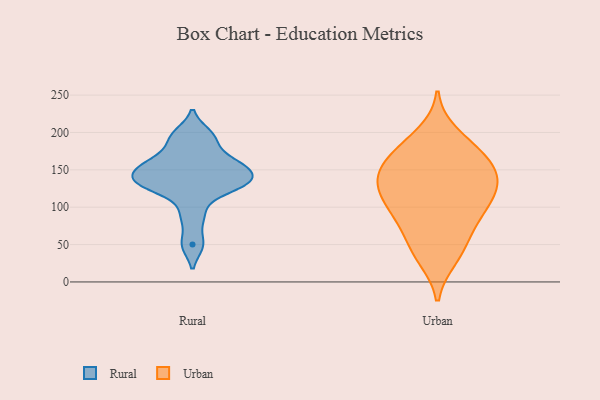
{"axis": {"x": "Page Views", "y": "Value"}, "legend": ["Rural", "Urban"], "data": [{"x": "", "y": 152, "type": "Rural"}, {"x": "", "y": 189, "type": "Rural"}, {"x": "", "y": 50, "type": "Rural"}, {"x": "", "y": 132, "type": "Rural"}, {"x": "", "y": 136, "type": "Rural"}, {"x": "", "y": 198, "type": "Rural"}, {"x": "", "y": 89, "type": "Rural"}, {"x": "", "y": 147, "type": "Rural"}, {"x": "", "y": 125, "type": "Rural"}, {"x": "", "y": 130, "type": "Rural"}, {"x": "", "y": 163, "type": "Rural"}, {"x": "", "y": 159, "type": "Rural"}, {"x": "", "y": 50, "type": "Urban"}, {"x": "", "y": 152, "type": "Urban"}, {"x": "", "y": 88, "type": "Urban"}, {"x": "", "y": 143, "type": "Urban"}, {"x": "", "y": 103, "type": "Urban"}, {"x": "", "y": 170, "type": "Urban"}, {"x": "", "y": 120, "type": "Urban"}, {"x": "", "y": 155, "type": "Urban"}, {"x": "", "y": 114, "type": "Urban"}, {"x": "", "y": 32, "type": "Urban"}, {"x": "", "y": 198, "type": "Urban"}, {"x": "", "y": 172, "type": "Urban"}, {"x": "", "y": 123, "type": "Urban"}, {"x": "", "y": 135, "type": "Urban"}, {"x": "", "y": 38, "type": "Urban"}, {"x": "", "y": 79, "type": "Urban"}, {"x": "", "y": 133, "type": "Urban"}, {"x": "", "y": 82, "type": "Urban"}, {"x": "", "y": 180, "type": "Urban"}]}